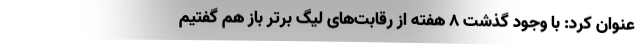
عنوان کرد: با وجود گذشت 8 هفته از رقابت‌های لیگ برتر باز هم گفتیم